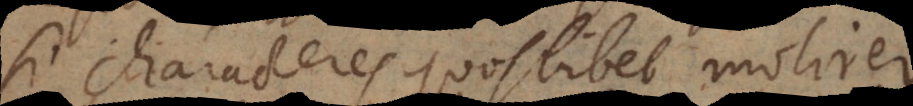
Si characteres quoslibet molirer,